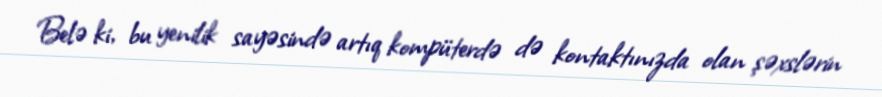
Belə ki, bu yenilik sayəsində artıq kompüterdə də kontaktınızda olan şəxslərin